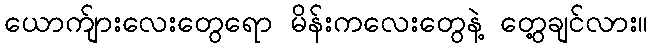
ယောက်ျားလေးတွေရော မိန်းကလေးတွေနဲ့ တွေ့ချင်လား။